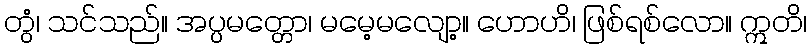
တွံ၊ သင်သည်။ အပ္ပမတ္တော၊ မမေ့မလျော့။ ဟောဟိ၊ ဖြစ်ရစ်လော။ ဣတိ၊